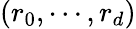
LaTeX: (r_{0},\cdots,r_{d})